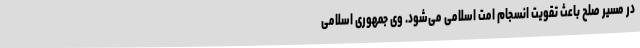
در مسیر صلح باعث تقویت انسجام امت اسلامی می‌شود. وی جمهوری اسلامی